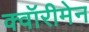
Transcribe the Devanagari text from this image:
क्वॉरीमेन